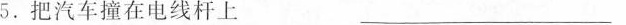
5.把汽车撞在电线杆上 ___